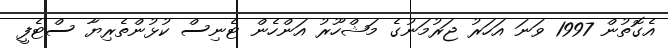
އެގޮތުން 1997 ވަނަ އަހަރު ޖަރުމަނުގެ މަޝްހޫރު އަންހެން ޓެނިސް ކުޅުންތެރިޔާ ސްޓެފީ